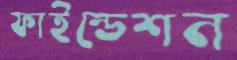
ফাইন্ডেশন